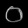
Digit: ၀